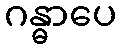
ဂန္ဓာပေ